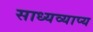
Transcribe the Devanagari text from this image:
साध्यव्याप्य